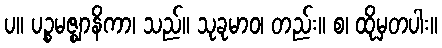
ပ။ ပဉ္စမဇ္ဈာနိကာ၊ သည်။ သုခုမာဝ၊ တည်း။ စ၊ ထိုမှတပါး။